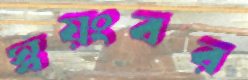
স্বয়ংবর